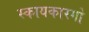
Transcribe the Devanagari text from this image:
स्कायकारगो